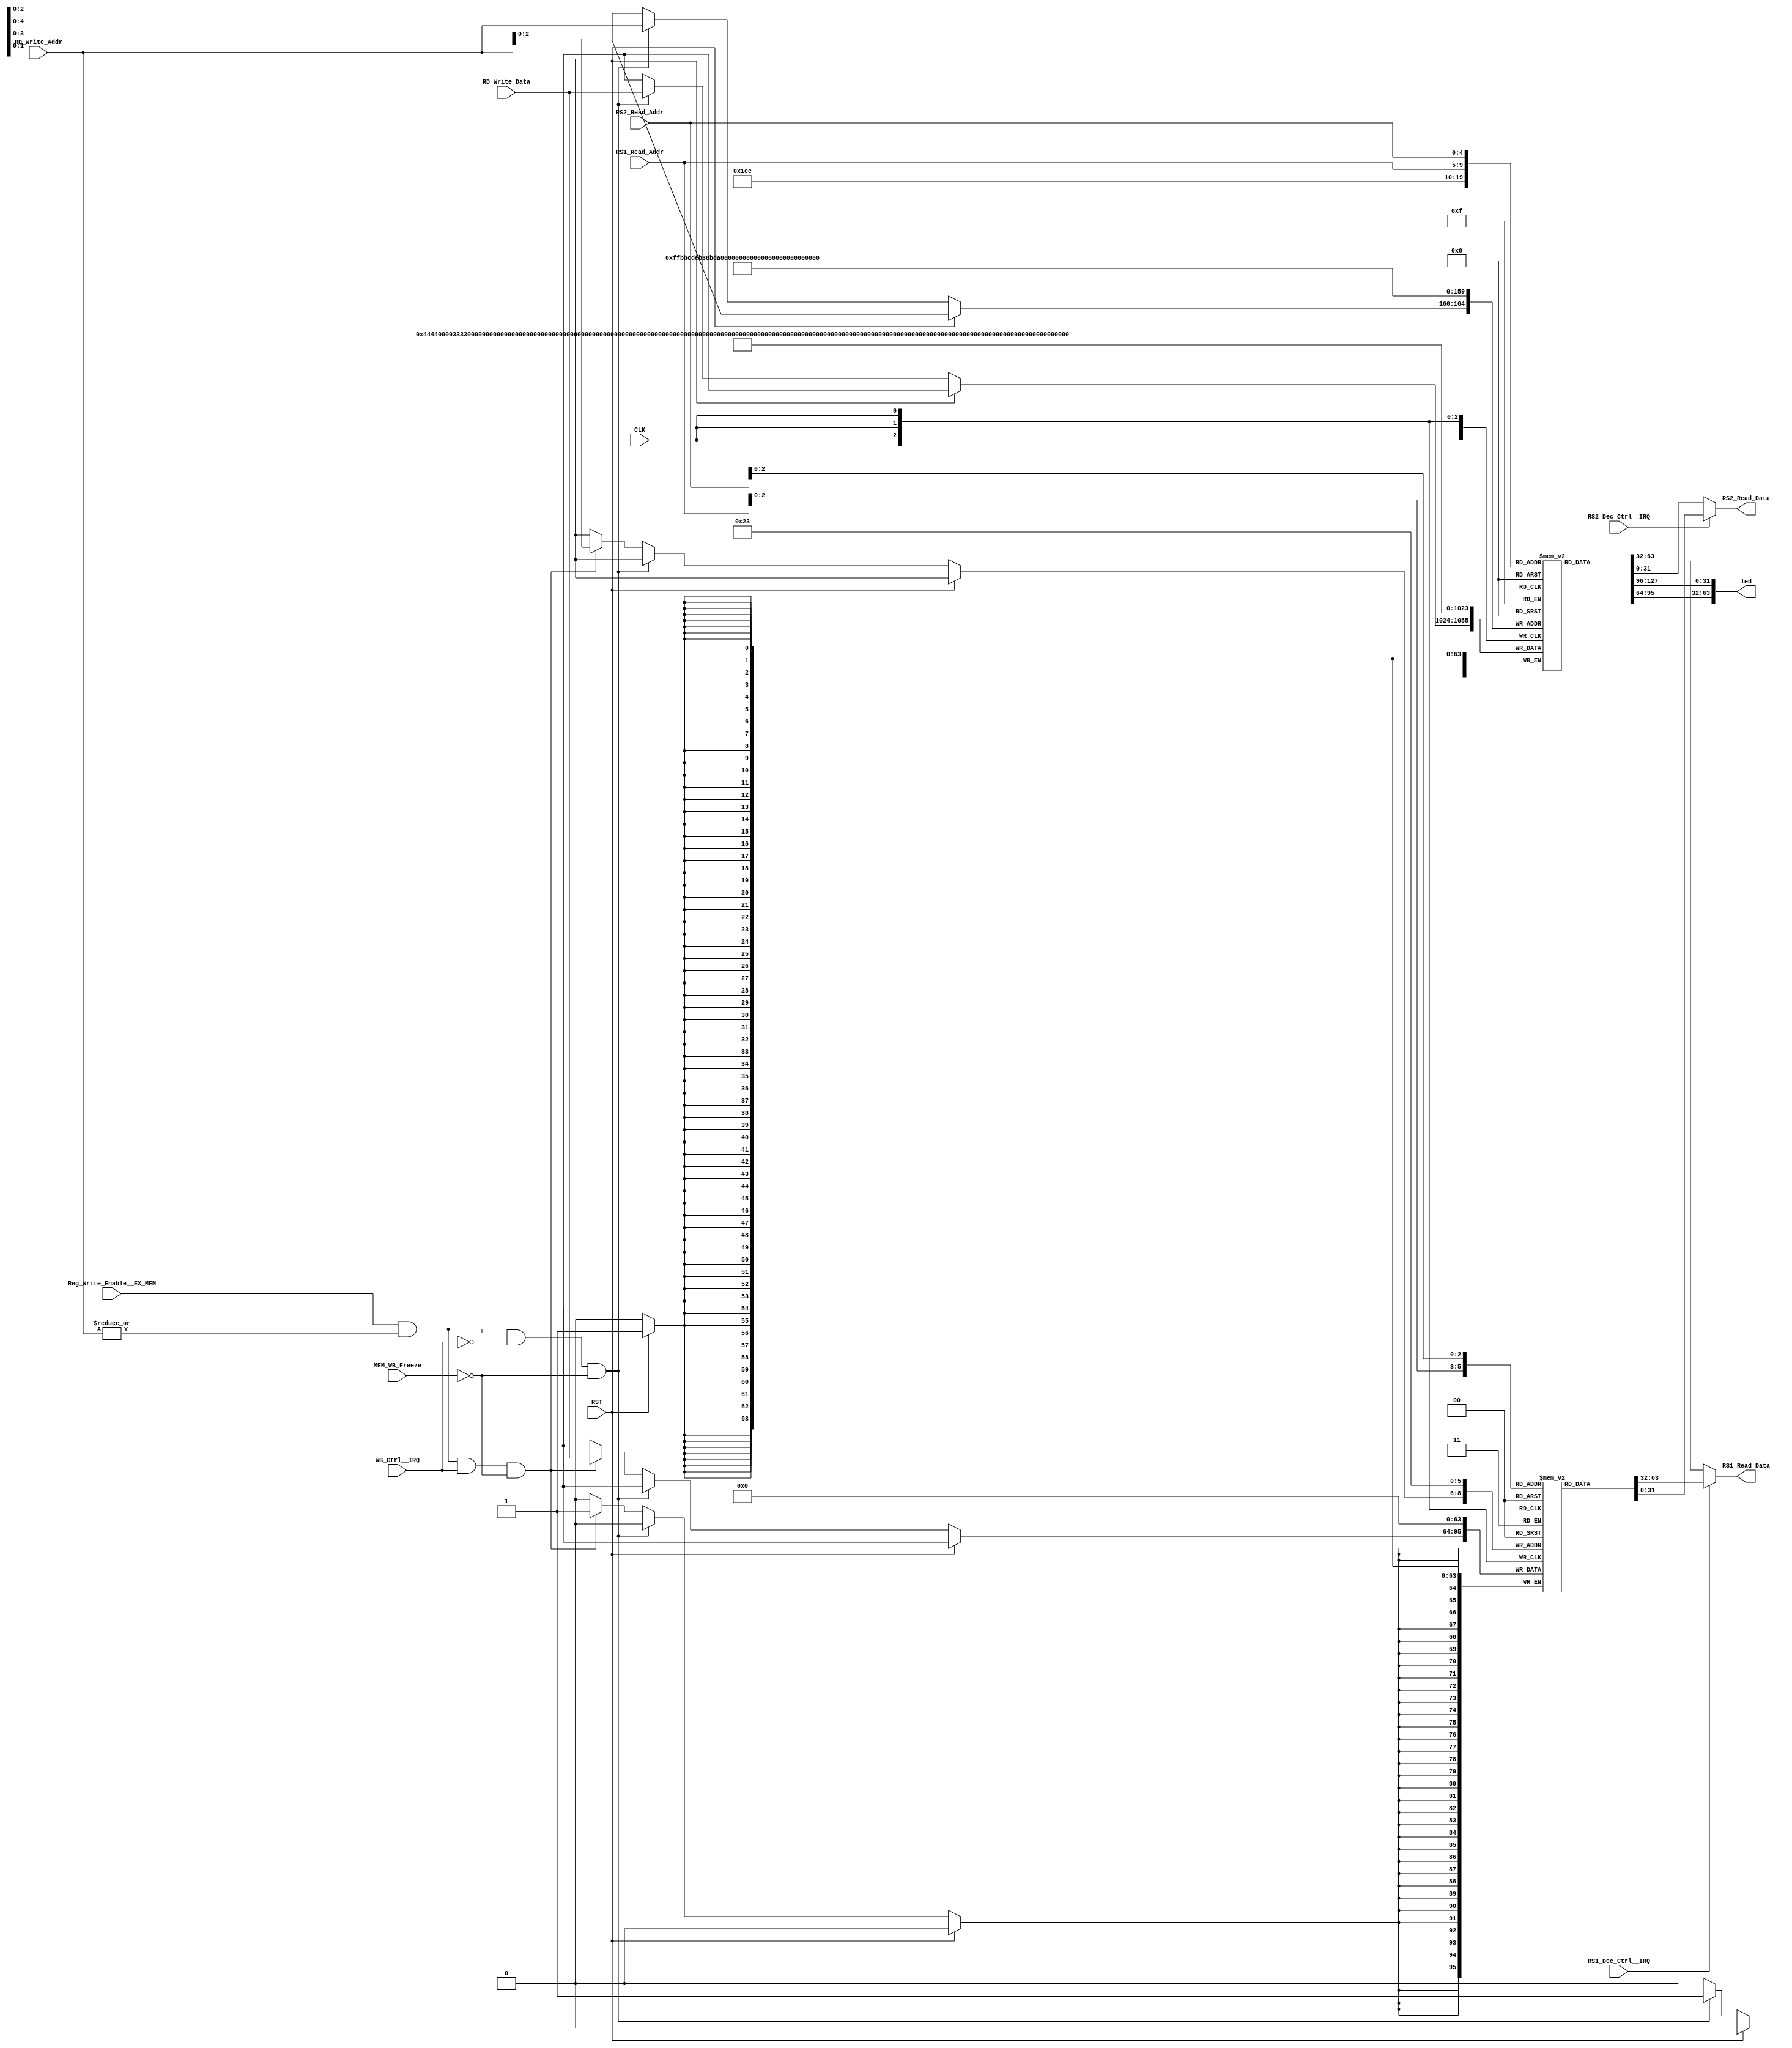
//******************************************************************************
// Copyright (c) 2014 - 2018, Indian Institute of Science, Bangalore.
// All Rights Reserved. See LICENSE for license details.
//------------------------------------------------------------------------------

// Contributors
// Akshay Birari (akshay@alum.iisc.ac.in), Piyush Birla (piyush@alum.iisc.ac.in)
// Suseela Budi (suseela@alum.iisc.ac.in), Pradeep Gupta (gupta@alum.iisc.ac.in)
// Kavya Sharat (kavyasharat@alum.iisc.ac.in), Sumeet Bandishte (sumeet.bandishte30@gmail.com)
// Kuruvilla Varghese (kuru@iisc.ac.in)
`timescale 1ns / 1ps


module REG_FILE
(
    input CLK,
    input RST,
    
    input [4:0] RS1_Read_Addr,
    input [4:0] RS2_Read_Addr,
    input [4:0] RD_Write_Addr,
    input [31:0] RD_Write_Data,
    input Reg_Write_Enable__EX_MEM,
    
    input MEM_WB_Freeze,
    
    input RS1_Dec_Ctrl__IRQ,
    input RS2_Dec_Ctrl__IRQ,
    input WB_Ctrl__IRQ,
    
    output reg[31:0] RS1_Read_Data,
    output reg[31:0] RS2_Read_Data,
    
    output [63:0] led
);

reg [31:0] MEM[0:31];
reg [31:0] MEM_Shadow[4:3];

assign led = {MEM[14],MEM[15]};


always @ (posedge CLK) begin
    if(RST) begin
        MEM[0] <= 32'b0;
        MEM[1] <= 32'h103C;
        MEM[2] <= 32'h203C;      
        MEM[3] <= 32'h303C;
        MEM[4] <= 32'h403C;
        MEM[5] <= 32'h40404040; 
        MEM[6] <= 32'h00001000;                  
        MEM[7] <= 32'd0;                  
        MEM[8] <= 32'd0;
        MEM[9] <= 32'd0;
        MEM[10] <= 32'd0;
        MEM[11] <= 32'h00000001;
        MEM[12] <= 32'h00000020;
        MEM[13] <= 32'h00000300;
        MEM[14] <= 32'h00004000;
        MEM[15] <= 32'h00000005;
        MEM[16] <= 32'h00000050;
        MEM[17] <= 32'h00000500;
        MEM[18] <= 32'h00005000;                 
        MEM[19] <= 32'h22220000;                 
        MEM[20] <= 32'h33330000;
        MEM[21] <= 32'h44440000;
        MEM[22] <= 32'd0;
        MEM[23] <= 32'd0;
        MEM[24] <= 32'd0;
        MEM[25] <= 32'd0;
        MEM[26] <= 32'd0;
        MEM[27] <= 32'd0;
        MEM[28] <= 32'd0;
        MEM[29] <= 32'd0;
        MEM[30] <= 32'd0;            
        MEM[31] <= 32'd0;
        MEM_Shadow[3] <= 32'd0;
        MEM_Shadow[4] <= 32'd0;
    end
    else if (Reg_Write_Enable__EX_MEM & (|RD_Write_Addr) & (~WB_Ctrl__IRQ) & (~MEM_WB_Freeze)) begin
        MEM[RD_Write_Addr] <= RD_Write_Data;
    end
    else if (Reg_Write_Enable__EX_MEM & (|RD_Write_Addr) & (WB_Ctrl__IRQ) & (~MEM_WB_Freeze)) begin
        MEM_Shadow[RD_Write_Addr] <= RD_Write_Data;
    end        
end


always @(*) begin
    RS1_Read_Data <= RS1_Dec_Ctrl__IRQ ? MEM_Shadow[RS1_Read_Addr] : MEM[RS1_Read_Addr];
    RS2_Read_Data <= RS2_Dec_Ctrl__IRQ ? MEM_Shadow[RS2_Read_Addr] : MEM[RS2_Read_Addr];
end
endmodule